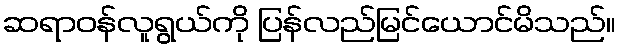
ဆရာဝန်လူရွယ်ကို ပြန်လည်မြင်ယောင်မိသည်။